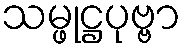
သမ္ဖုဋ္ဌပုဗ္ဗာ